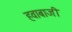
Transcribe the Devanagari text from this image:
हवाबाजी